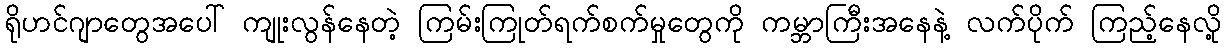
ရိုဟင်ဂျာတွေအပေါ် ကျုးလွန်နေတဲ့ ကြမ်းကြုတ်ရက်စက်မှုတွေကို ကမ္ဘာကြီးအနေနဲ့ လက်ပိုက် ကြည့်နေလို့